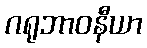
ဂရုဘာဝနီယာ